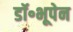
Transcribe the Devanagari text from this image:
डॉ॰भूपेन